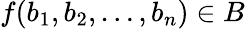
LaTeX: f(b_{1},b_{2},\dots,b_{n})\in B